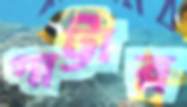
গাট্টার